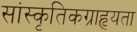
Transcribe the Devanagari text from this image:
सांस्कृतिकग्राहृयता